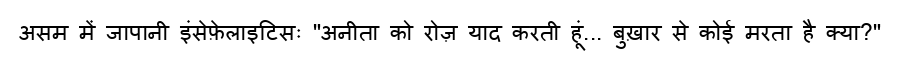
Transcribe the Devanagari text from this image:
असम में जापानी इंसेफ़ेलाइटिसः "अनीता को रोज़ याद करती हूं... बुख़ार से कोई मरता है क्या?"